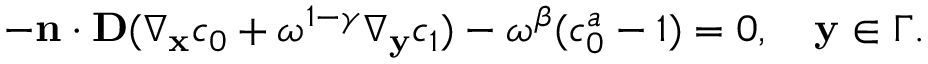
\begin{array} { r } { - \mathbf n \cdot \mathbf D ( \nabla _ { \mathbf x } c _ { 0 } + \omega ^ { 1 - \gamma } \nabla _ { \mathbf y } c _ { 1 } ) - \omega ^ { \beta } ( c _ { 0 } ^ { a } - 1 ) = 0 , \quad \mathbf y \in \Gamma . } \end{array}